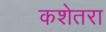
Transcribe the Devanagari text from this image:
कशेतरा